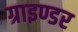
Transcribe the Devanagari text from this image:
ग्राइण्डर